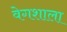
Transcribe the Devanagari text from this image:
वेगशाला